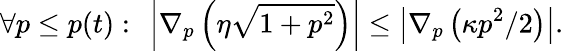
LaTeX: \forall p\leq p(t):\ \left|\nabla_{p}\left(\eta\sqrt{1+p^{2}}\right)\right|\leq\left|\nabla_{p}\left(\kappa p^{2}/2\right)\right|.